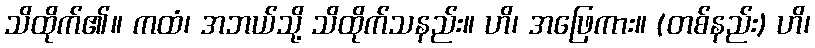
သိထိုက်၏။ ကထံ၊ အဘယ်သို့ သိထိုက်သနည်း။ ဟိ၊ အဖြေကား။ (တစ်နည်း) ဟိ၊